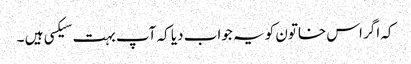
کہ اگر اس خاتون کو یہ جواب دیا کہ آپ بہت سیکسی ہیں ۔